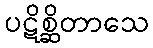
ပဋိစ္ဆိတာသေ